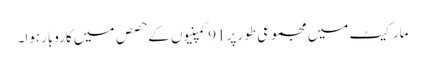
مارکیٹ میں مجموعی طور پر91کمپنیوں کے حصص میں کاروبارہوا۔